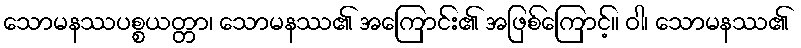
သောမနဿပစ္စယတ္တာ၊ သောမနဿ၏ အကြောင်း၏ အဖြစ်ကြောင့်။ ဝါ၊ သောမနဿ၏